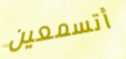
أتسمعين